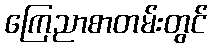
ကြေညာစာတမ်းတွင်